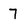
Character: 7